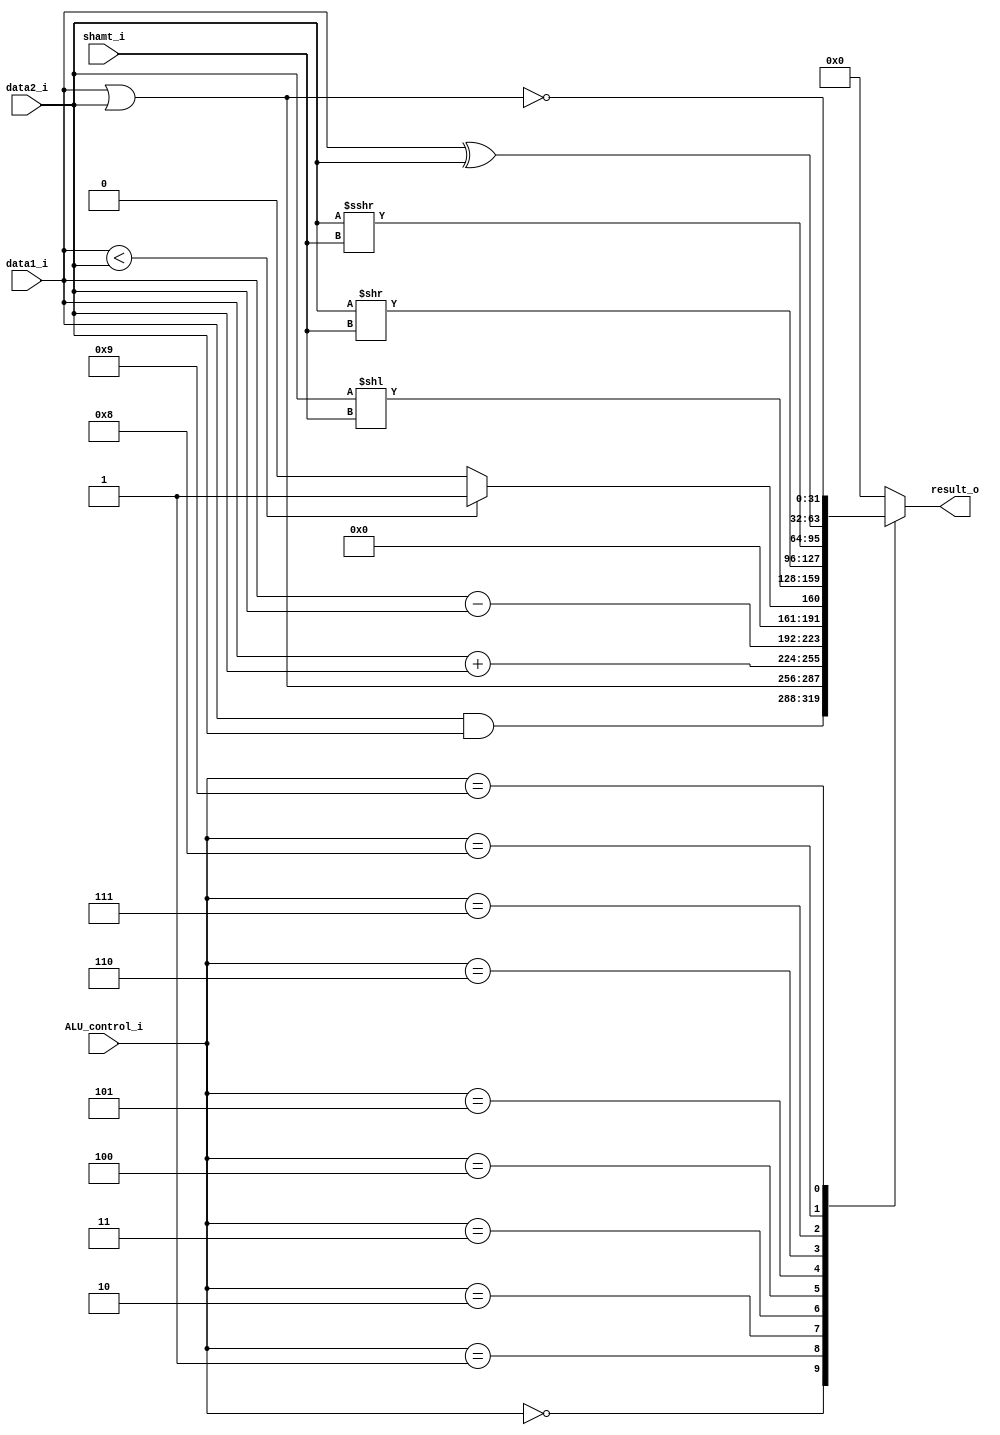
module ALU (
	input      [31:0] data1_i,
	input      [31:0] data2_i,
	input      [4:0]  shamt_i,
	input      [3:0]  ALU_control_i,
	output reg [31:0] result_o
);

localparam AND = 4'd0, OR = 4'd1, ADD = 4'd2, SUB = 4'd3, SLT = 4'd4, SLL = 4'd5, SRL = 4'd6, SRA = 4'd7, XOR = 4'd8, NOR = 4'd9;

always @(*) begin
	case (ALU_control_i)
		AND: result_o = data1_i & data2_i;
		OR:  result_o = data1_i | data2_i;
		ADD: result_o = data1_i + data2_i;
		SUB: result_o = data1_i - data2_i;
		SLT: result_o = ($signed(data1_i) < $signed(data2_i)) ? 1 : 0;
		SLL: result_o = data2_i << shamt_i; //$rt << shamt
		SRL: result_o = data2_i >> shamt_i; //$rt >> shamt
		SRA: result_o = $signed(data2_i) >>> shamt_i; //$rt shift right arithmetic
		XOR: result_o = data1_i ^ data2_i;
		NOR: result_o = ~(data1_i | data2_i);
		default : result_o = 32'b0;
	endcase
end

endmodule